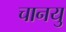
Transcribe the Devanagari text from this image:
चानयु